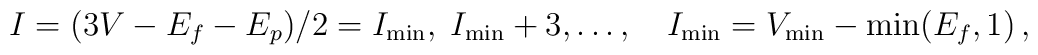
I = (3V - E_f - E_p)/2 = I_{{\rm min}}, \; I_{{\rm min}} + 3, \ldots,         \quad I_{{\rm min}} = V_{{\rm min}} - \min (E_f, 1) \,,